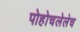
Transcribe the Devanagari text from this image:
पोहोचलेलेच